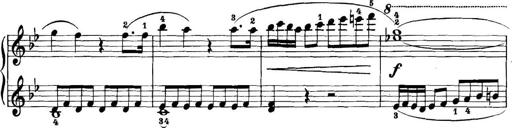
Title: 11 Sonatinas
Composer: Anton Diabelli